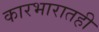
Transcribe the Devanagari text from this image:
कारभारातही